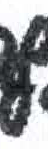
אות: ף